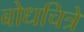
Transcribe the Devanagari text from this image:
बोधचित्रे